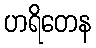
ဟရိတေန